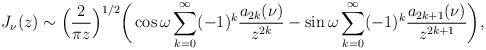
LaTeX: \begin{align*} J_\nu(z) \sim \Big ( {2 \over \pi z} \Big )^{1/2} \bigg ( \cos \omega \sum_{k=0}^\infty (-1)^k {a_{2k}(\nu) \over z^{2k}} - \sin \omega \sum_{k=0}^\infty (-1)^k {a_{2k+1}(\nu) \over z^{2k+1}} \bigg ), \end{align*}